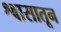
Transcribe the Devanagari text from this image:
श्वासातून